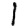
Digit: 1